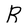
Character: R